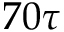
7 0 \tau